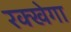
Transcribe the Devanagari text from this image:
रक्खेगा